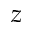
z